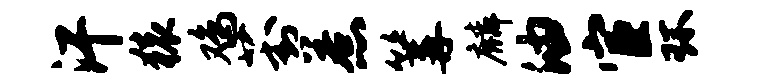
汗猿鸡葑惹篝麟油宦环